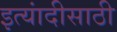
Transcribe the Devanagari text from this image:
इत्यांदीसाठी